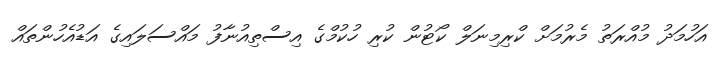
އަހުމަދު މުއްރަތު މެރުމަށް ކްރިމިނަލް ކޯޓުން ކުރި ހުކުމްގެ އިސްތިއުނާފު މައްސަލައިގެ އަޑުއެހުންތައް